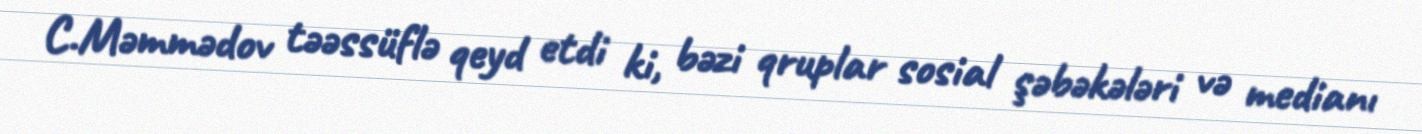
C.Məmmədov təəssüflə qeyd etdi ki, bəzi qruplar sosial şəbəkələri və medianı